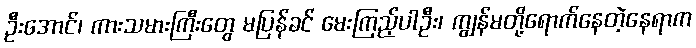
ဦးအောင်၊ ကားသမားကြီးတွေ မပြန်ခင် မေးကြည့်ပါဦး၊ ကျွန်မတို့ရောက်နေတဲ့နေရာက